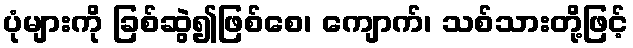
ပုံများကို ခြစ်ဆွဲ၍ဖြစ်စေ၊ ကျောက်၊ သစ်သားတို့ဖြင့်